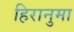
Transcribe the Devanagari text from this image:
हिरानुमा